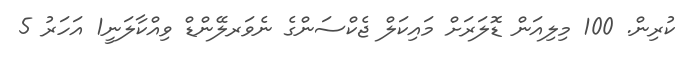
ކުރިން. 100 މިލިއަން ޑޮލަރަށް މައިކަލް ޖެކްސަންގެ ނެވަރލޭންޑް ވިއްކާލަނީ1 އަހަރު 5